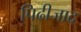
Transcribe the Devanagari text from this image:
पिढीजाद